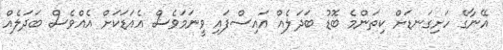
އޭނާގެ ހަށިގަނޑަށް ކިތަންމެ ބޮޑު ބަދަލެއް އައިސްފައި ވީނަމަވެސް އެއަޑަކަށް އެއްވެސް ބަދަލެއް